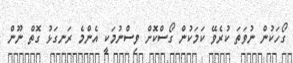
ގޯހަކުން ނުވަތަ ކުރެވޭ ކަމަކުން ގޯސްކޮށް ވިސްނުމަކީ އެންމެ ރަނގަޅު ގޮތް ނޫން